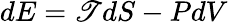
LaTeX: dE=\mathscr{T}dS-PdV